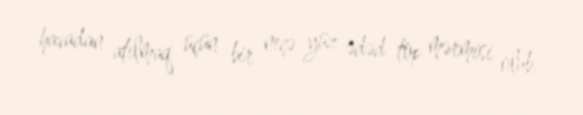
havadan atılmaq üçün bir neçə yüz ədəd top mərmisi olub.